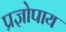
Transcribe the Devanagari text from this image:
प्रज्ञोपाय